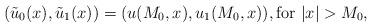
LaTeX: \begin{align*}(\tilde{u}_0(x), \tilde{u}_1(x)) = (u(M_0, x), u_1(M_0, x)), \mathrm{for} \ |x| > M_0,\end{align*}